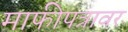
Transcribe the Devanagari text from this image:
माफीपत्रावर